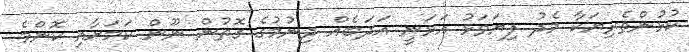
ކުޅުންތެރިޔަކާ މެދު ފިޔަވަޅު އަޅަނީ އަދަބެއް ދިނުމުގެ ގޮތުން ނޫން ކަމަށާއި ކޮންމެ